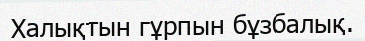
Халықтын гұрпын бұзбалық.